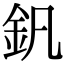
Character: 釩